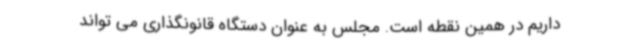
داریم در همین نقطه است. مجلس به عنوان دستگاه قانونگذاری می تواند